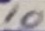
Text: 10